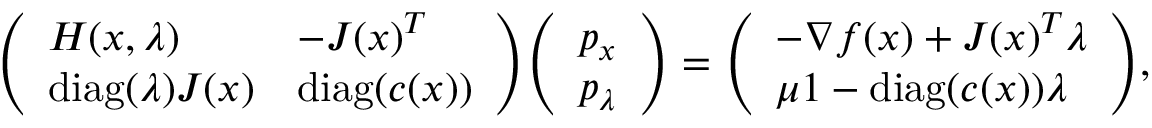
{ \left( \begin{array} { l l } { H ( x , \lambda ) } & { - J ( x ) ^ { T } } \\ { \operatorname { d i a g } ( \lambda ) J ( x ) } & { \operatorname { d i a g } ( c ( x ) ) } \end{array} \right) } { \left( \begin{array} { l } { p _ { x } } \\ { p _ { \lambda } } \end{array} \right) } = { \left( \begin{array} { l } { - \nabla f ( x ) + J ( x ) ^ { T } \lambda } \\ { \mu 1 - \operatorname { d i a g } ( c ( x ) ) \lambda } \end{array} \right) } ,